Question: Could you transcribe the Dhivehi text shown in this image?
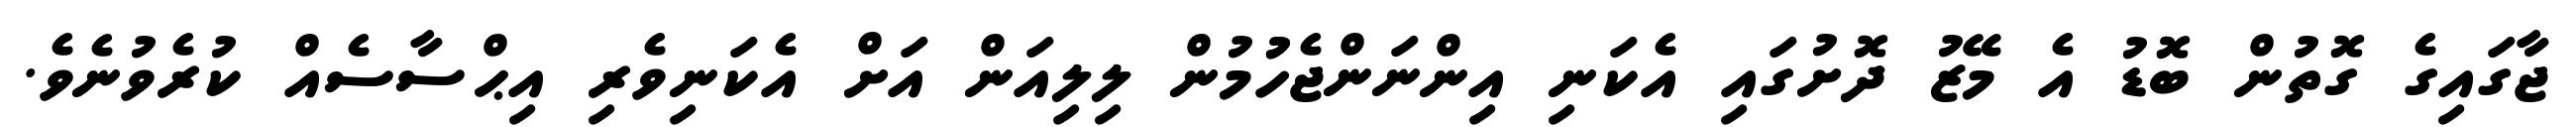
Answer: ޖާގައިގެ ގޮތުން ބޮޑު އެ މޭޒު ދޮށުގައި އެކަނި އިންނަންޖެހުުމުން ލިލިއަން އަށް އެކަނިވެރި އިޙްސާސެއް ކުރެވުނެވެ.